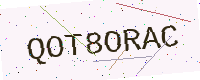
Text: QOT8ORAC